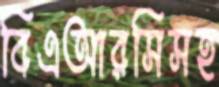
বিএআরসিসহ